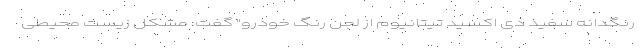
رنگدانه سفید دی اکسید تیتانیوم از لجن رنگ خودرو" گفت: مشکل زیست محیطی